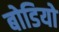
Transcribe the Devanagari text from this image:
बोडियो